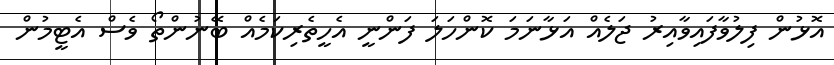
އޮޅުން ފިލުވާފައިވާއިރު ޖަލެއް އަޅާނަމަ ކޮންހަލަ ފަންނީ އެހީތެރިކަމެއް ބޭނުންތޯ ވެސް އެޓީމުން